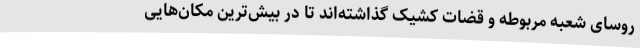
روسای شعبه مربوطه و قضات کشیک گذاشته‌اند تا در بیش‌ترین مکان‌هایی